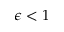
\epsilon < 1